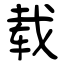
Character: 载